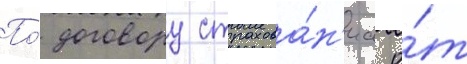
По́ договору страхова́н'иа о́т